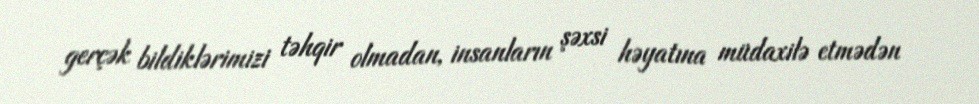
gerçək bildiklərimizi təhqir olmadan, insanların şəxsi həyatına müdaxilə etmədən